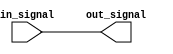
module transmission_gate_delay (
    input wire in_signal,
    output wire out_signal
);

reg buffer;

always @(in_signal)
begin
    buffer <= in_signal;
    #1 out_signal <= buffer;
end

endmodule